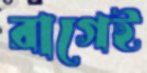
রাগেই